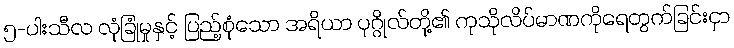
၅-ပါးသီလ လုံခြုံမှုနှင့် ပြည့်စုံသော အရိယာ ပုဂ္ဂိုလ်တို့၏ ကုသိုလိပ်မာဏကိုရေတွက်ခြင်းငှာ